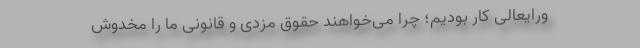
ورایعالی کار بودیم؛ چرا می‌خواهند حقوق مزدی و قانونی ما را مخدوش